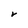
Character: r